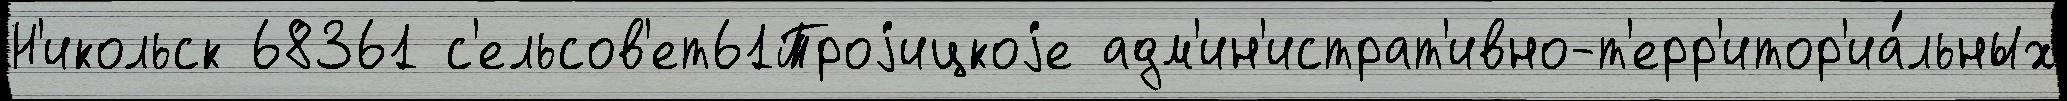
Н'икольск 68361 с'ельсов'ет61Троjицкоjе адм'ин'истрат'ивно-т'ерр'итор'иа́льных